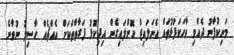
މަނިކުފާނު ދެއްވި ވާހަކަފުޅުތައް އެނަލައިޒް ކޮށްލައިގެން އިިދިކޮޅު ފަރާތްތަކަށް އެއްޗެއް ހާސިލު ނުވާނެ